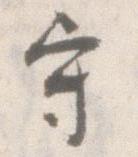
守